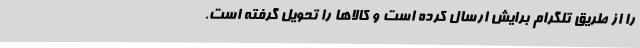
را از طریق تلگرام برایش ارسال کرده است و کالاها را تحویل گرفته است.